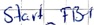
Text: Start_FB1